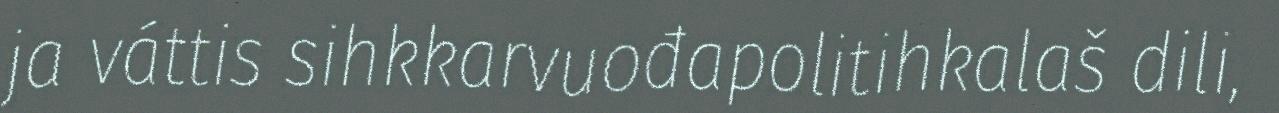
ja váttis sihkkarvuođapolitihkalaš dili,